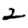
Digit: 2